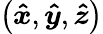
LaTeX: \left(\boldsymbol{\hat{x}},\boldsymbol{\hat{y}},\boldsymbol{\hat{z}}\right)